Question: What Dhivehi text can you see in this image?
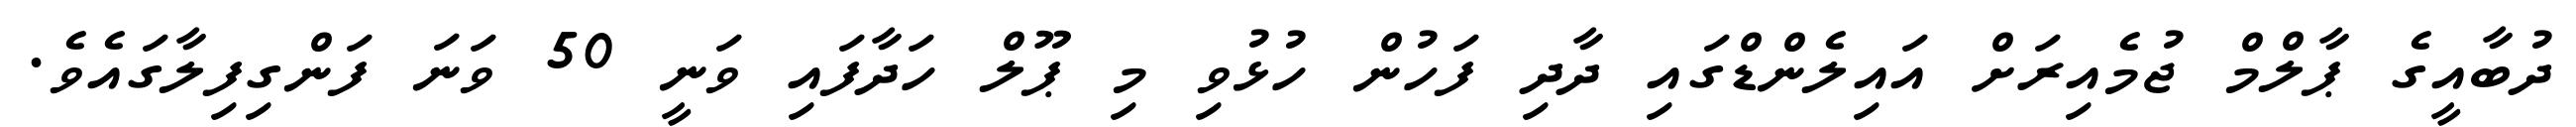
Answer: ދުބާއީގެ ޕާލްމް ޖުމެއިރަށް އައިލެންޑްގައި ދާދި ފަހުން ހުޅުވި މި ޕޫލް ހަދާފައި ވަނީ 50 ވަނަ ފަންގިފިލާގައެވެ.